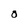
Character: O